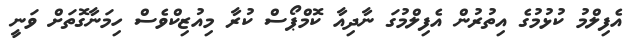
އެފިލްމު ކުޅުމުގެ އިތުރުން އެފިލްމުގަ ނާދިއާ ކޮމްޕޯސް ކުރާ މިއުޒިކްވެސް ހިމަނާގޮތަށް ވަނީ